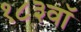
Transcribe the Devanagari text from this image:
१८३वॉ